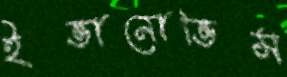
ইভানোভিস